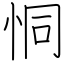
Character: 恫